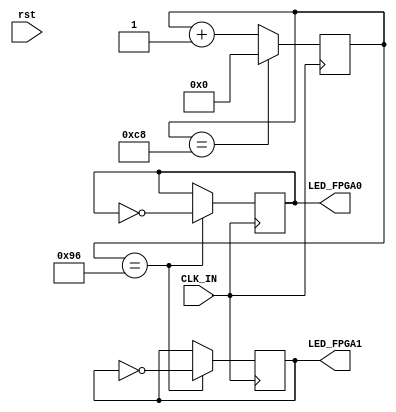
`timescale 1 ns / 1 ns
module led_test(
		input wire	rst,
		input	 wire	CLK_IN,
		output reg	LED_FPGA0,
		output reg	LED_FPGA1
		);
		

reg[7:0]counter;
	
always@(posedge CLK_IN)
	begin
		if(counter==200)counter<=0;
		else counter<=counter+1;
	end
always@(posedge CLK_IN)
	begin
		if(counter==150)begin LED_FPGA0<=~LED_FPGA0;LED_FPGA1<=~LED_FPGA1;end
		else begin LED_FPGA0<=LED_FPGA0;LED_FPGA1<=LED_FPGA1;end
	end
endmodule